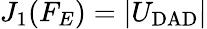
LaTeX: J_{1}(F_{E})=|U_{\mathrm{DAD}}|